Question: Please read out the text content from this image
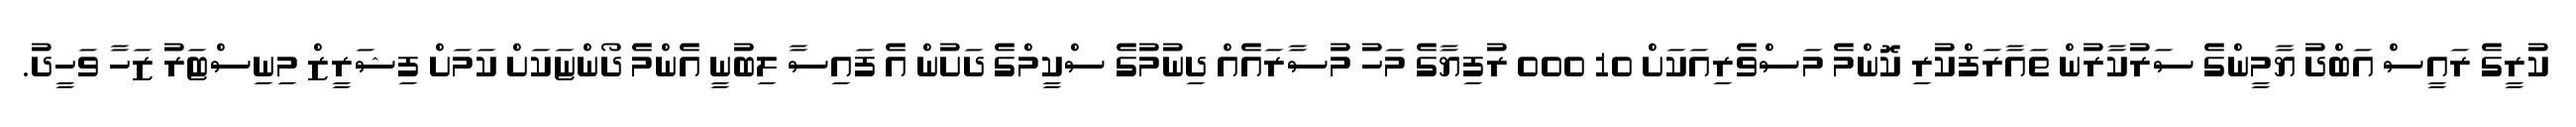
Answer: ކުރީގެ ރައީސް އަބްދު ޔާމީންގެ ސަރުކާރުން ތައާރަފްކުރި ކޮންމެ މަސްވެރިއަކަށް 10 000 ރުފިޔާގެ މަހު މުސާރައެއް ދިނުމުގެ ސްކީމްގެ ދަށުން އެ ފައިސާ ލިބުނީ އެންމެ ދޯންޏަކަށް ކަމަށް ފިޝަރީޒް މިނިސްޓަރު ޒަހާ ވަހީދު.